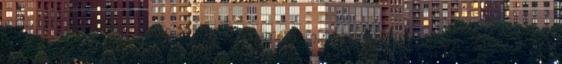
egy különleges csomag jelenik meg minden változathoz. 2005 37